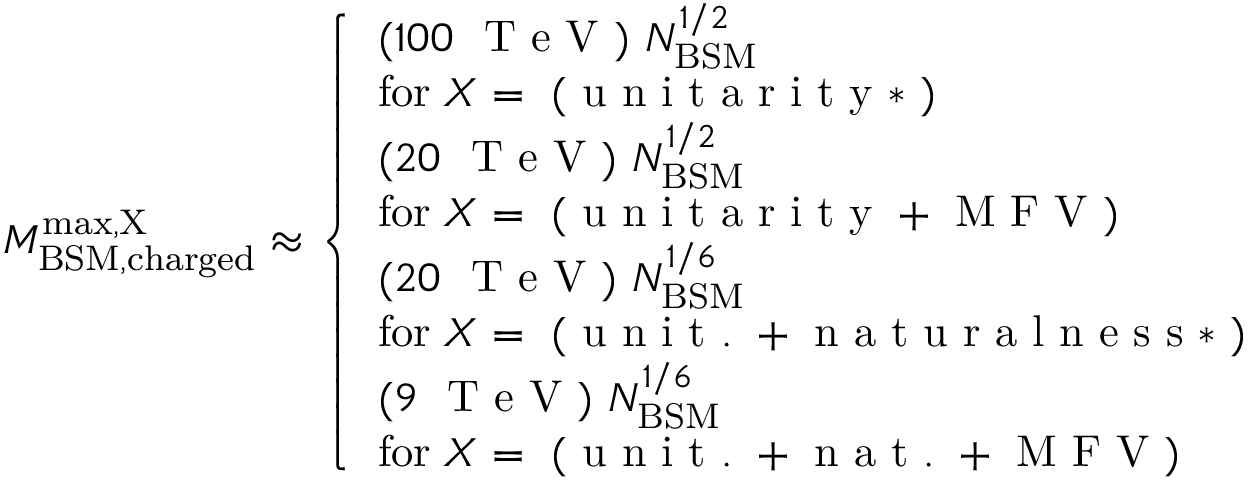
M _ { \mathrm { B S M , c h a r g e d } } ^ { \mathrm { m a x , X } } \approx \left\{ \begin{array} { l } { ( 1 0 0 ~ { \textrm { T e V } } ) \ N _ { \mathrm { B S M } } ^ { 1 / 2 } } \\ { \mathrm { f o r \; } X = \mathrm { ~ ( ~ u ~ n ~ i ~ t ~ a ~ r ~ i ~ t ~ y ~ * ~ ) ~ } } \\ { ( 2 0 ~ { \textrm { T e V } } ) \ N _ { \mathrm { B S M } } ^ { 1 / 2 } } \\ { \mathrm { f o r \; } X = \mathrm { ~ ( ~ u ~ n ~ i ~ t ~ a ~ r ~ i ~ t ~ y ~ + ~ M ~ F ~ V ~ ) ~ } } \\ { ( 2 0 ~ { \textrm { T e V } } ) \ N _ { \mathrm { B S M } } ^ { 1 / 6 } } \\ { \mathrm { f o r \; } X = \mathrm { ~ ( ~ u ~ n ~ i ~ t ~ . ~ + ~ n ~ a ~ t ~ u ~ r ~ a ~ l ~ n ~ e ~ s ~ s ~ * ~ ) ~ } } \\ { ( 9 ~ { \textrm { T e V } } ) \ N _ { \mathrm { B S M } } ^ { 1 / 6 } } \\ { \mathrm { f o r \; } X = \mathrm { ~ ( ~ u ~ n ~ i ~ t ~ . ~ + ~ n ~ a ~ t ~ . ~ + ~ M ~ F ~ V ~ ) ~ } } \end{array} \right.